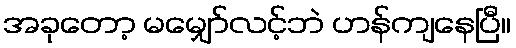
အခုတော့ မမျှော်လင့်ဘဲ ဟန်ကျနေပြီ။